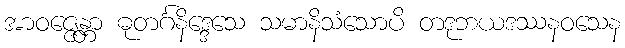
အာဝဇ္ဇေန္တာ ဓုတင်္ဂနိဒ္ဒေသေ သမာနိသံသောပိ တဒုဘယဒဿနဝသေန